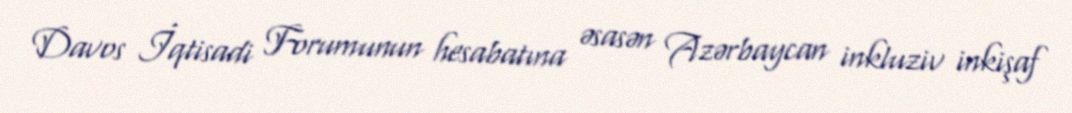
Davos İqtisadi Forumunun hesabatına əsasən Azərbaycan inkluziv inkişaf